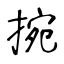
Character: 捥